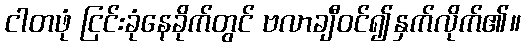
ငါတဖုံ ငြင်းခုံနေခိုက်တွင် ဗလာချီဝင်၍နှက်လိုက်၏။